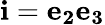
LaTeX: \mathbf{i}=\mathbf{e_{2}}\mathbf{e_{3}}